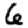
Digit: 6